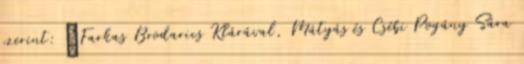
szerint: „Farkas Brodarics Klárával, Mátyás és Csébi Pogány Sára